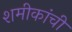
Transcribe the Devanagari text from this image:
शमीकांची